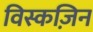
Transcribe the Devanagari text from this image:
विस्कज़िन